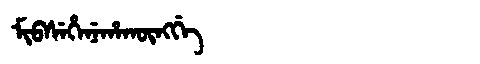
Manchu: ᠮᡳᠪᠰᡝᡥᡝᠨᡝᡥᠠᡴᡡᠩᡤᡝ
Romanization: MIBSEHENEHAKŪNGGE